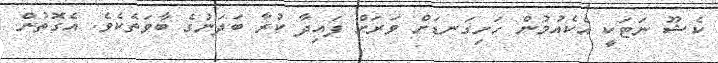
ކެޝޫ ނަޓަކީ އެކެއުމުން ހަށިގަނޑަށް ވަރަށް ފައިދާ ކުރާ ބަދަނުގެ ބާވަތެކެވެ. އެގޮތުން